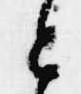
と